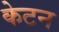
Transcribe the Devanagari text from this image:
केटन